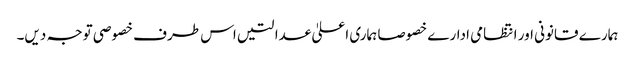
ہمارے قانونی اور انتظامی ادارے خصوصا ہماری اعلیٰ عدالتیں اس طرف خصوصی توجہ دیں۔